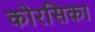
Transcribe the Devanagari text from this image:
कोरसिका